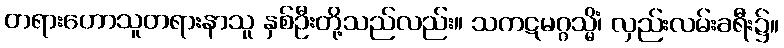
တရားဟောသူတရားနာသူ နှစ်ဦးတို့သည်လည်း။ သကဋမဂ္ဂသ္မိံ၊ လှည်းလမ်းခရီး၌။